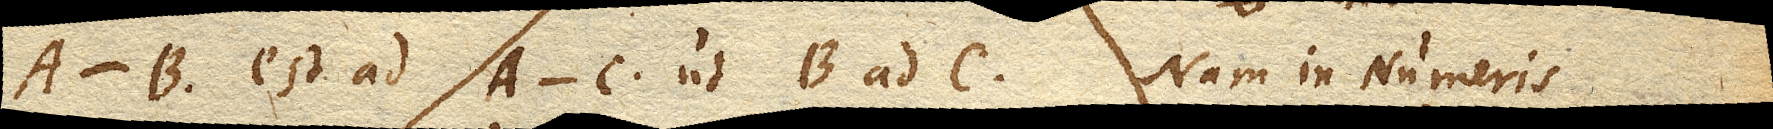
A-B. est ad A-C. B ad C. Nam in numeris